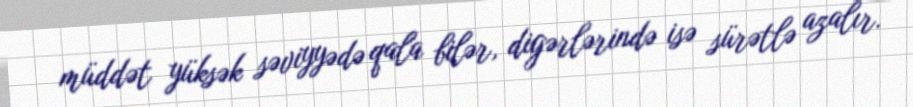
müddət yüksək səviyyədə qala bilər, digərlərində isə sürətlə azalır.